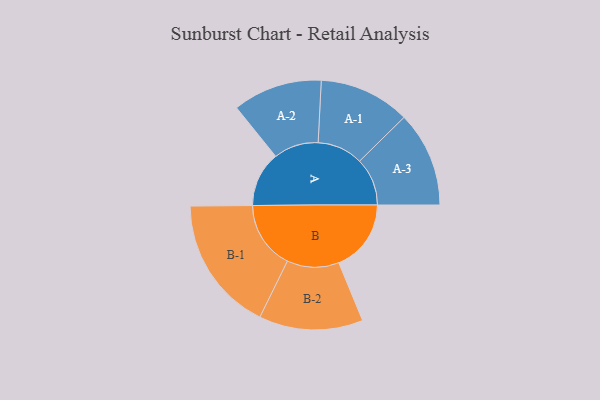
{"axis": {"x": "Segment", "y": "Value"}, "legend": ["", "A", "B"], "data": [{"x": "A", "y": 206, "type": ""}, {"x": "B", "y": 270, "type": ""}, {"x": "A-1", "y": 170, "type": "A"}, {"x": "A-2", "y": 167, "type": "A"}, {"x": "A-3", "y": 178, "type": "A"}, {"x": "B-1", "y": 253, "type": "B"}, {"x": "B-2", "y": 194, "type": "B"}]}